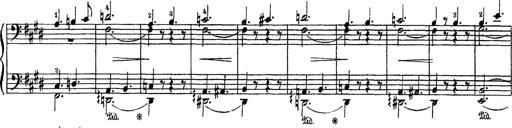
Title: AnnÃ©es de PÃ¨lerinage III
Composer: Franz Liszt